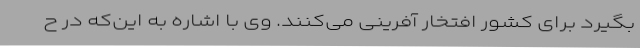
بگیرد برای کشور افتخار آفرینی می‌کنند. وی با اشاره به این‌که در ح